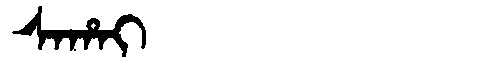
Manchu: ᠰᠠᡥᠠᡳ
Romanization: SAHAI